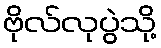
ဗိုလ်လုပွဲသို့